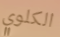
الكلوي